Scottish Leaving Certificate Examination, 1959
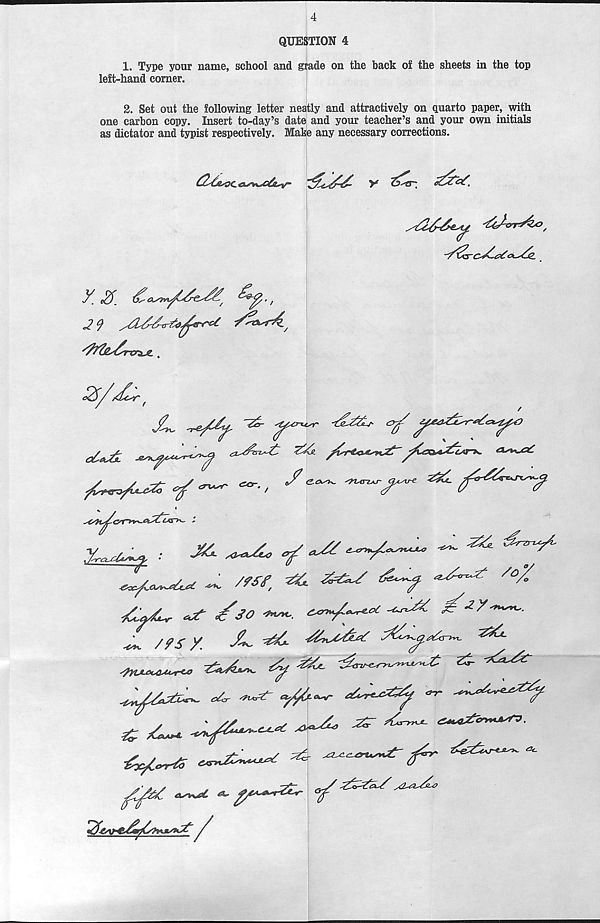
4
QUESTION 4
1. Type your name, school and grade on the back o£ the sheets in the top
left-hand corner.
2. Set out the following letter neatly and attractively on quarto paper, with
one carbon copy. Insert to-day’s date and your teacher’s and your own initials
as dictator and typist respectively. Mate any necessary corrections.
■tijTrr&o,
'fofas/sTXTiJL .
Z/£r f
~
^
^
^ /SO
^
•
^ Z^X
X.
^V^S-
^
-«.
2&-